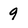
Character: 9